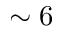
\sim 6